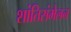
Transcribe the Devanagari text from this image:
शांतिसंमेलन